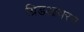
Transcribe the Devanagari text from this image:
ग्रिडआयरन